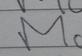
Signature authenticity: forged